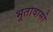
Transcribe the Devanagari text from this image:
भूतावासो